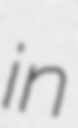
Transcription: in